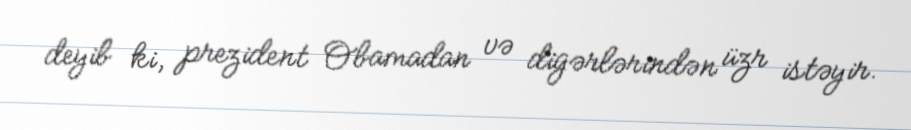
deyib ki, prezident Obamadan və digərlərindən üzr istəyir.